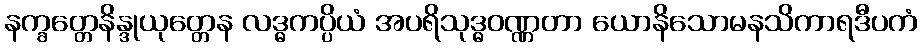
နက္ခတ္တေနိန္ဒုယုတ္တေန လဒ္ဓကပ္ပိယံ အပရိသုဒ္ဓဝဏ္ဏတာ ယောနိသောမနသိကာရဒီပကံ